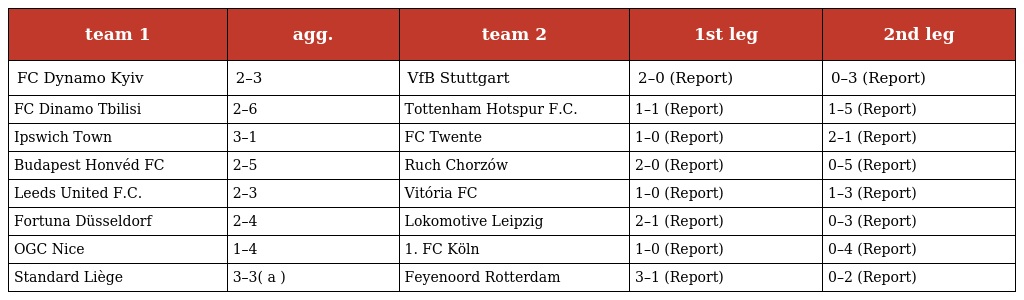
| team 1 | agg. | team 2 | 1st leg | 2nd leg |
 | --- | --- | --- | --- | --- |
 | FC Dynamo Kyiv | 2–3 | VfB Stuttgart | 2–0 (Report) | 0–3 (Report) |
 | FC Dinamo Tbilisi | 2–6 | Tottenham Hotspur F.C. | 1–1 (Report) | 1–5 (Report) |
 | Ipswich Town | 3–1 | FC Twente | 1–0 (Report) | 2–1 (Report) |
 | Budapest Honvéd FC | 2–5 | Ruch Chorzów | 2–0 (Report) | 0–5 (Report) |
 | Leeds United F.C. | 2–3 | Vitória FC | 1–0 (Report) | 1–3 (Report) |
 | Fortuna Düsseldorf | 2–4 | Lokomotive Leipzig | 2–1 (Report) | 0–3 (Report) |
 | OGC Nice | 1–4 | 1. FC Köln | 1–0 (Report) | 0–4 (Report) |
 | Standard Liège | 3–3( a ) | Feyenoord Rotterdam | 3–1 (Report) | 0–2 (Report) |